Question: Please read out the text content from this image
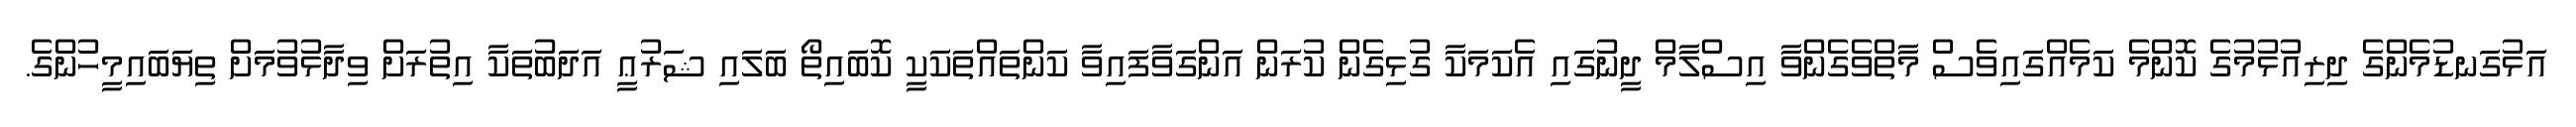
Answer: އަޅުގަނޑުމެންގެ ދިރިއުޅުމުގެ ކޮންމެ ކަމެއްގައިވެސް މާތްވެގެންވާ އިސްލާމް ދީނުގައި އެކަމަކާ ގުޅިގެން ކުރަން އަންގަވާފައިވާ ކަންތައްތަކަކީ ކޮބައިތޯ ބަލައި ޝަރުޢީ އަދަބުތަކާ އިތުރަށް ވިދާޅުވުމަށް ތިޔަބައިމީހުންގެ.